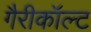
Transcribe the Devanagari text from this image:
गैरीकॉल्ट